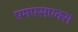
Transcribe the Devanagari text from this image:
एमएसएक्स